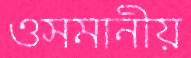
ওসমানীয়